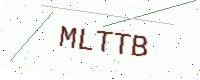
Text: MLTTB